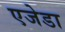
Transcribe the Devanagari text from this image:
एजेडा